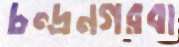
চন্দ্রনগরবা